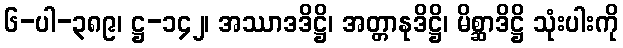
၆-ပါ-၃၈၉၊ ဋ္ဌ-၁၄၂၊ အဿာဒဒိဋ္ဌိ၊ အတ္တာနုဒိဋ္ဌိ၊ မိစ္ဆာဒိဋ္ဌိ သုံးပါးကို